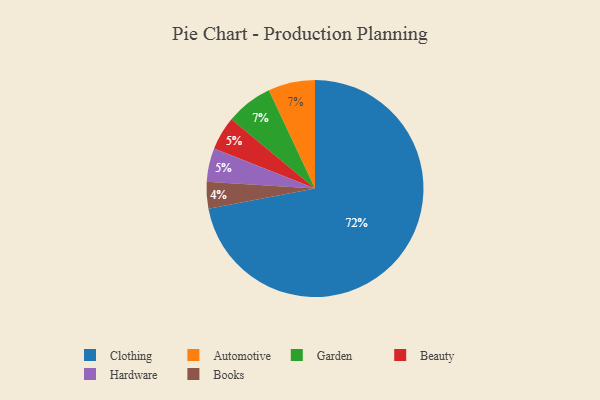
{"axis": {"x": "Category", "y": "Percentage"}, "legend": ["Automotive", "Beauty", "Books", "Clothing", "Garden", "Hardware"], "data": [{"x": "Automotive", "y": 7, "type": "Automotive"}, {"x": "Clothing", "y": 72, "type": "Clothing"}, {"x": "Garden", "y": 7, "type": "Garden"}, {"x": "Beauty", "y": 5, "type": "Beauty"}, {"x": "Books", "y": 4, "type": "Books"}, {"x": "Hardware", "y": 5, "type": "Hardware"}]}